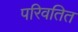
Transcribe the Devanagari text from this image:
परिवतित